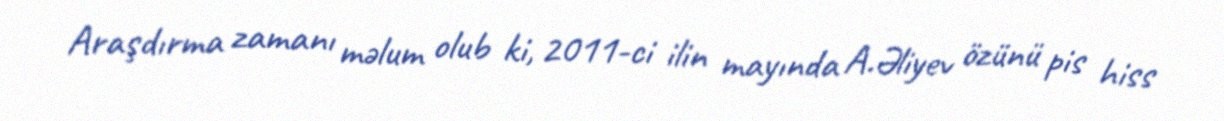
Araşdırma zamanı məlum olub ki, 2011-ci ilin mayında A.Əliyev özünü pis hiss